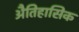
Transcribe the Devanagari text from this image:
अैतिहासिक